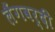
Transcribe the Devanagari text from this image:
लैंगवर्दी